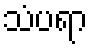
သံပရာ